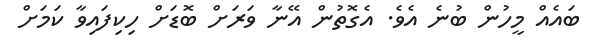
ބައެއް މީހުން ބުނެ އެވެ. އެގޮތުން އޭނާ ވަރަށް ބޮޑަށް ހިކިފައިވާ ކަމަށް